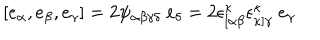
LaTeX: [ e _ { \alpha } , e _ { \beta } , e _ { \gamma } ] = 2 \psi _ { \alpha \beta \gamma \delta } ~ e _ { \delta } = 2 \epsilon _ { [ \alpha \beta } ^ { \kappa } \epsilon _ { \kappa ] \gamma } ^ { \kappa } ~ e _ { \gamma }